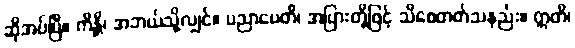
ဆိုအပ်ပြီ။ ကိန္တိ၊ အဘယ်သို့လျှင်။ ပညာပေတိ၊ အပြားတို့ဖြင့် သိစေတတ်သနည်း။ ဣတိ၊